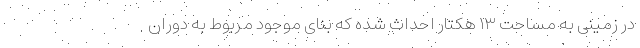
در زمینی به مساحت ۱۳ هکتار احداث شده که بنای موجود مربوط به دوران